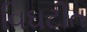
વિઘટીત